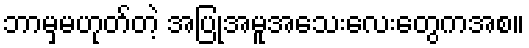
ဘာမှမဟုတ်တဲ့ အပြုအမူအသေးလေးတွေကအစ။